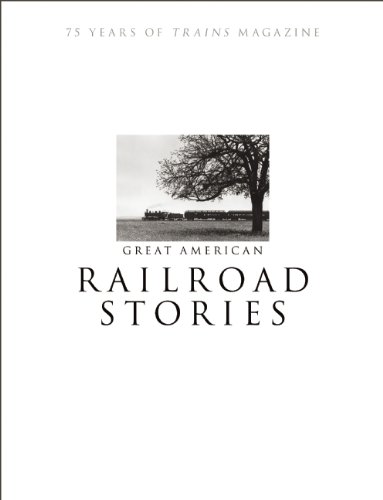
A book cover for Great American Railroad Stories: 75 Years of Trains magazine; magazine Editors of Trains; Engineering & Transportation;